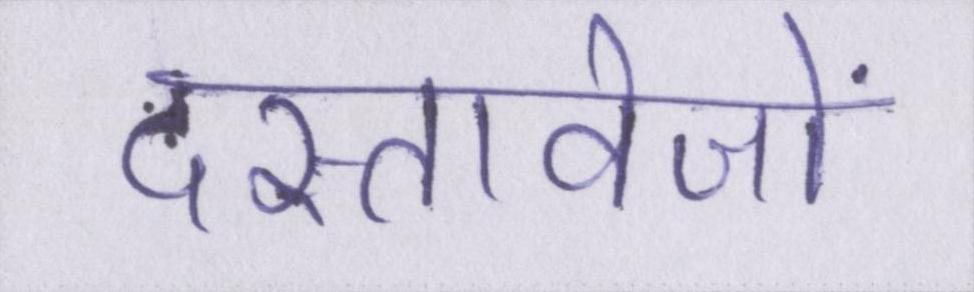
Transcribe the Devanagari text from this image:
दस्तावेजों